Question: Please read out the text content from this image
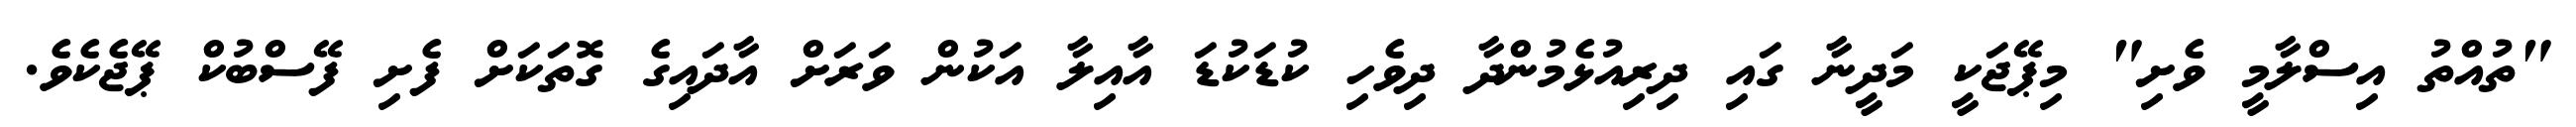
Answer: "ތުއްތު އިސްލާމީ ވެށި" މިޕޭޖަކީ މަދީނާ ގައި ދިރިއުޅެމުންދާ ދިވެހި ކުޑަކުޑަ އާއިލާ އަކުން ވަރަށް އާދައިގެ ގޮތަކަށް ފެށި ފޭސްބުކް ޕޭޖެކެވެ.